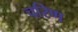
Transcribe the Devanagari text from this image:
चरिण